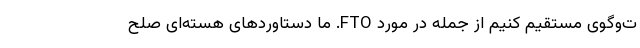
ت‌وگوی مستقیم کنیم از جمله در مورد FTO. ما دستاوردهای هسته‌ای صلح